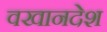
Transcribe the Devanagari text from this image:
वखानदेश